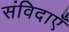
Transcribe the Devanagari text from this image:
संविदाएँ